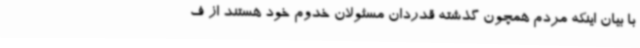
با بیان اینکه مردم همچون گذشته قدردان مسئولان خدوم خود هستند از ف